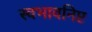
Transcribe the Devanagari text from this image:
स्वभावनिष्ट